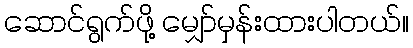
ဆောင်ရွက်ဖို့ မျှော်မှန်းထားပါတယ်။